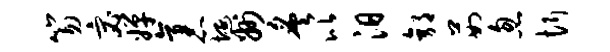
笏宓婵袤埏州炙比汨郭茹忽忻